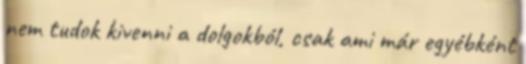
nem tudok kivenni a dolgokból, csak ami már egyébként